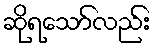
ဆိုရသော်လည်း